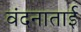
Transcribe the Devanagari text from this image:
वंदनाताई